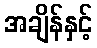
အချိန်နှင့်